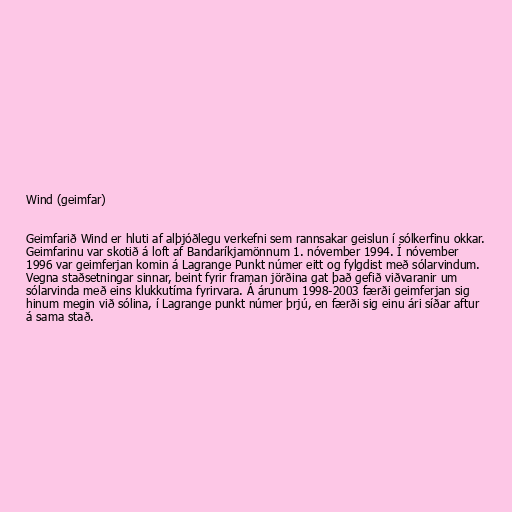
Wind (geimfar)

Geimfarið Wind er hluti af alþjóðlegu verkefni sem rannsakar geislun í sólkerfinu okkar.
Geimfarinu var skotið á loft af Bandaríkjamönnum 1. nóvember 1994. Í nóvember
1996 var geimferjan komin á Lagrange Punkt númer eitt og fylgdist með sólarvindum.
Vegna staðsetningar sinnar, beint fyrir framan jörðina gat það gefið viðvaranir um
sólarvinda með eins klukkutíma fyrirvara. Á árunum 1998-2003 færði geimferjan sig
hinum megin við sólina, í Lagrange punkt númer þrjú, en færði sig einu ári síðar aftur
á sama stað.